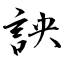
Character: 詇